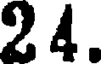
24.